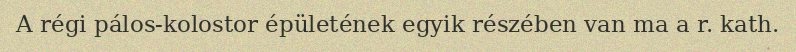
A régi pálos-kolostor épületének egyik részében van ma a r. kath.